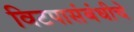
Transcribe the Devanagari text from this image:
विटपासंबंधीचे